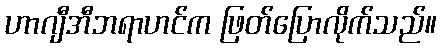
ဟာဂျီအီဘရာဟင်က ဖြတ်ပြောလိုက်သည်။